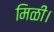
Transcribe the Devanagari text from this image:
मिळी।